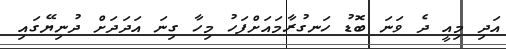
އަދި މިއީ ދެ ވަނަ ބޮޑު ހަނގުރާމައަށްފަހު މިހާ ގިނަ އަދަދަށް ދުނިޔޭގައި